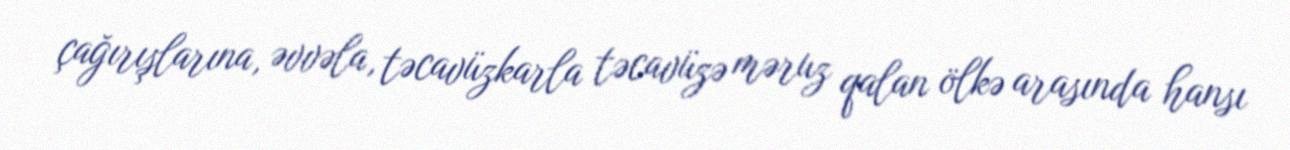
çağırışlarına, əvvəla, təcavüzkarla təcavüzə məruz qalan ölkə arasında hansı